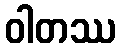
ဝါတဿ